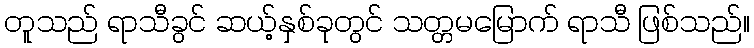
တူသည် ရာသီခွင် ဆယ့်နှစ်ခုတွင် သတ္တမမြောက် ရာသီ ဖြစ်သည်။